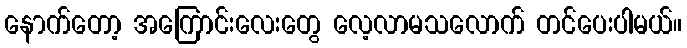
နောက်တော့ အကြောင်းလေးတွေ လေ့လာမသလောက် တင်ပေးပါမယ်။